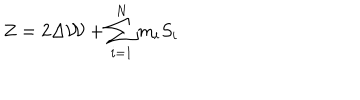
Z = 2 \Delta { \cal W } + \sum _ { i = 1 } ^ { N } m _ { i } S _ { i }